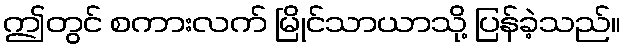
ဤတွင် စကားလက် မြိုင်သာယာသို့ ပြန်ခဲ့သည်။